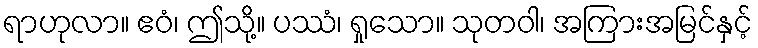
ရာဟုလာ။ ဧဝံ၊ ဤသို့။ ပဿံ၊ ရှုသော။ သုတဝါ၊ အကြားအမြင်နှင့်